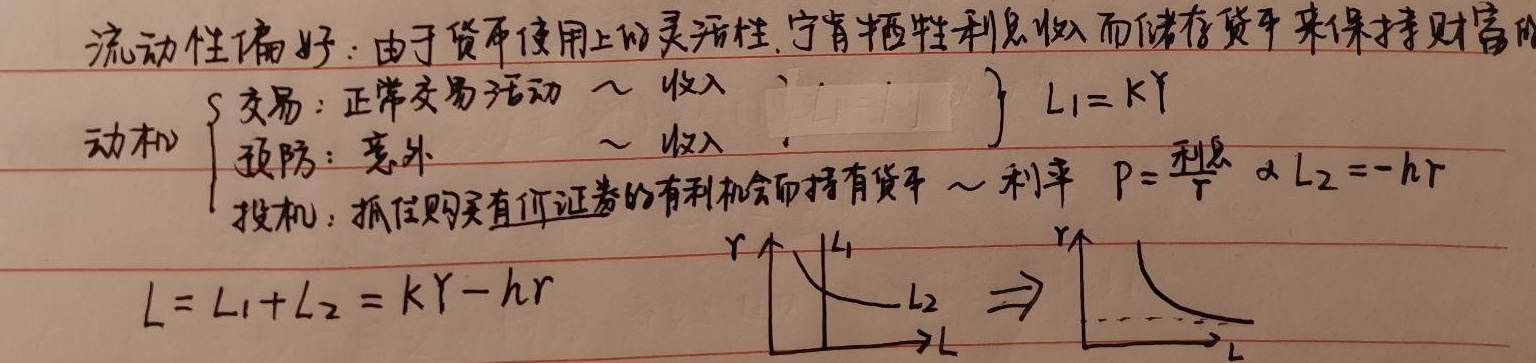
流动性偏好：由于货币使用上的灵活性，宁肯牺牲利息收入而储存货币来保持财富的动机。
\(\begin{cases}
\text{交易：正常交易活动} \sim \text{收入}\\
\text{预防：意外} \sim \text{收入}\\
\text{投机：抓住购买有价证券的有利机会而持有货币} \sim \text{利率} \quad P = \frac{\text{利息}}{r} \propto L_2=-hr
\end{cases}\)
\(L_1 = kY\)
\(L = L_1 + L_2=kY - hr\)